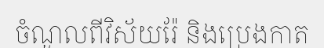
ចំណូលពីវិស័យរ៉ែ និងប្រេងកាត